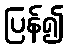
ပြန်၍